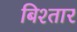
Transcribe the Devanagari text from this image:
बिश्तार